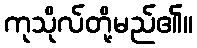
ကုသိုလ်တို့မည်၏။